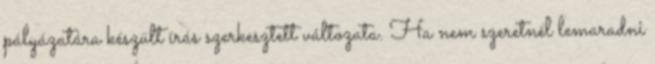
pályázatára készült írás szerkesztett változata. Ha nem szeretnél lemaradni